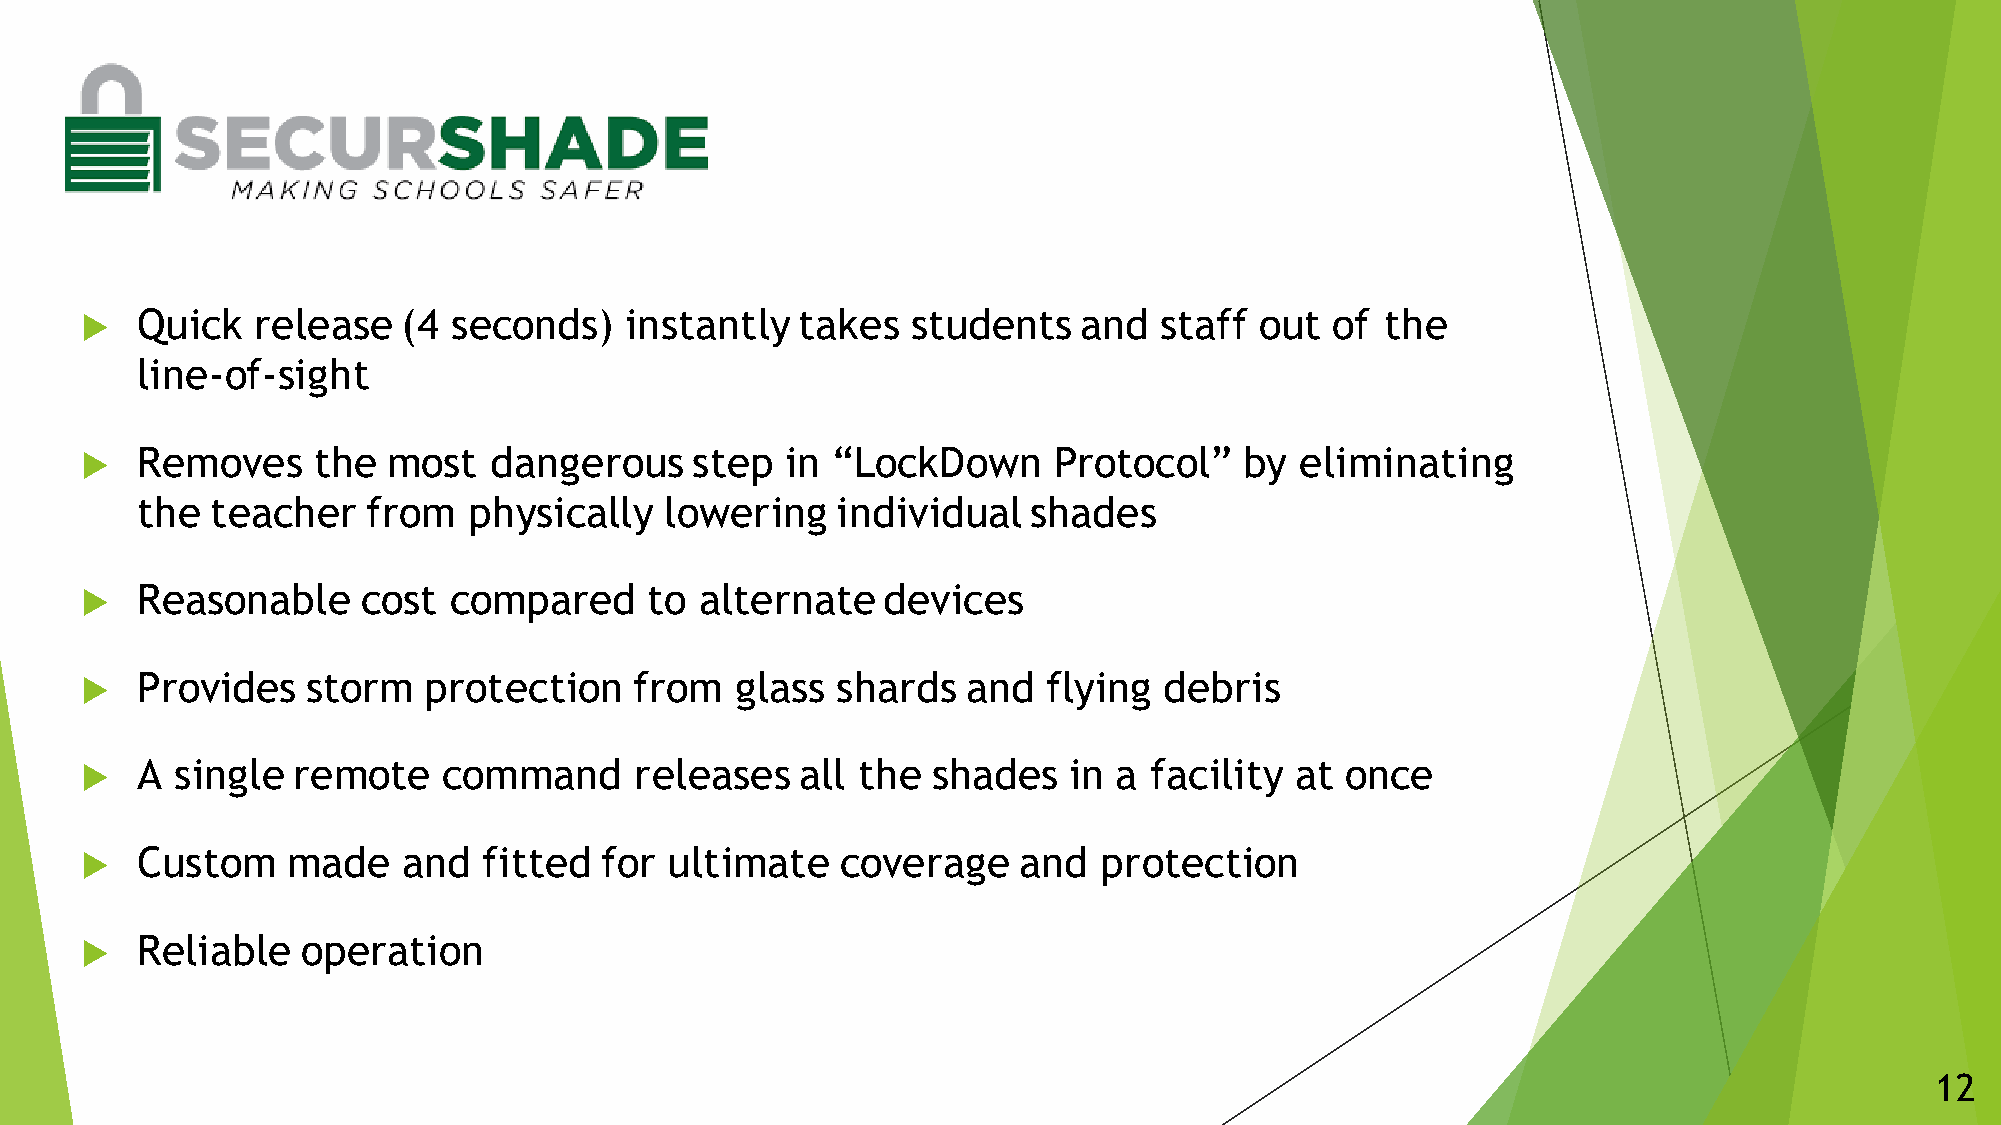
Quick   release   (4 seconds)   instantly   takes  students    and  staff out  of  the
 
 line-of-sight
 Removes     the  most  dangerous     step  in “LockDown      Protocol”   by  eliminating
 
 the  teacher   from   physically   lowering   individual   shades
 Reasonable     cost  compared     to alternate   devices
 
 Provides   storm   protection    from   glass shards   and  flying  debris
 
 A  single remote    command      releases   all the  shades   in a facility  at once
 
 Custom    made    and  fitted  for ultimate    coverage   and   protection
 
 Reliable   operation
 
 12